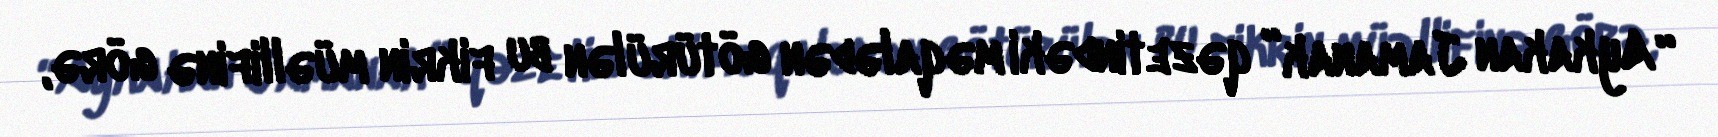
“Aykakan Jamanak” qəzetindəki məqalədən götürülən bu fikrin müəllifinə görə,